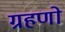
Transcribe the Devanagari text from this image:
ग्रहणो